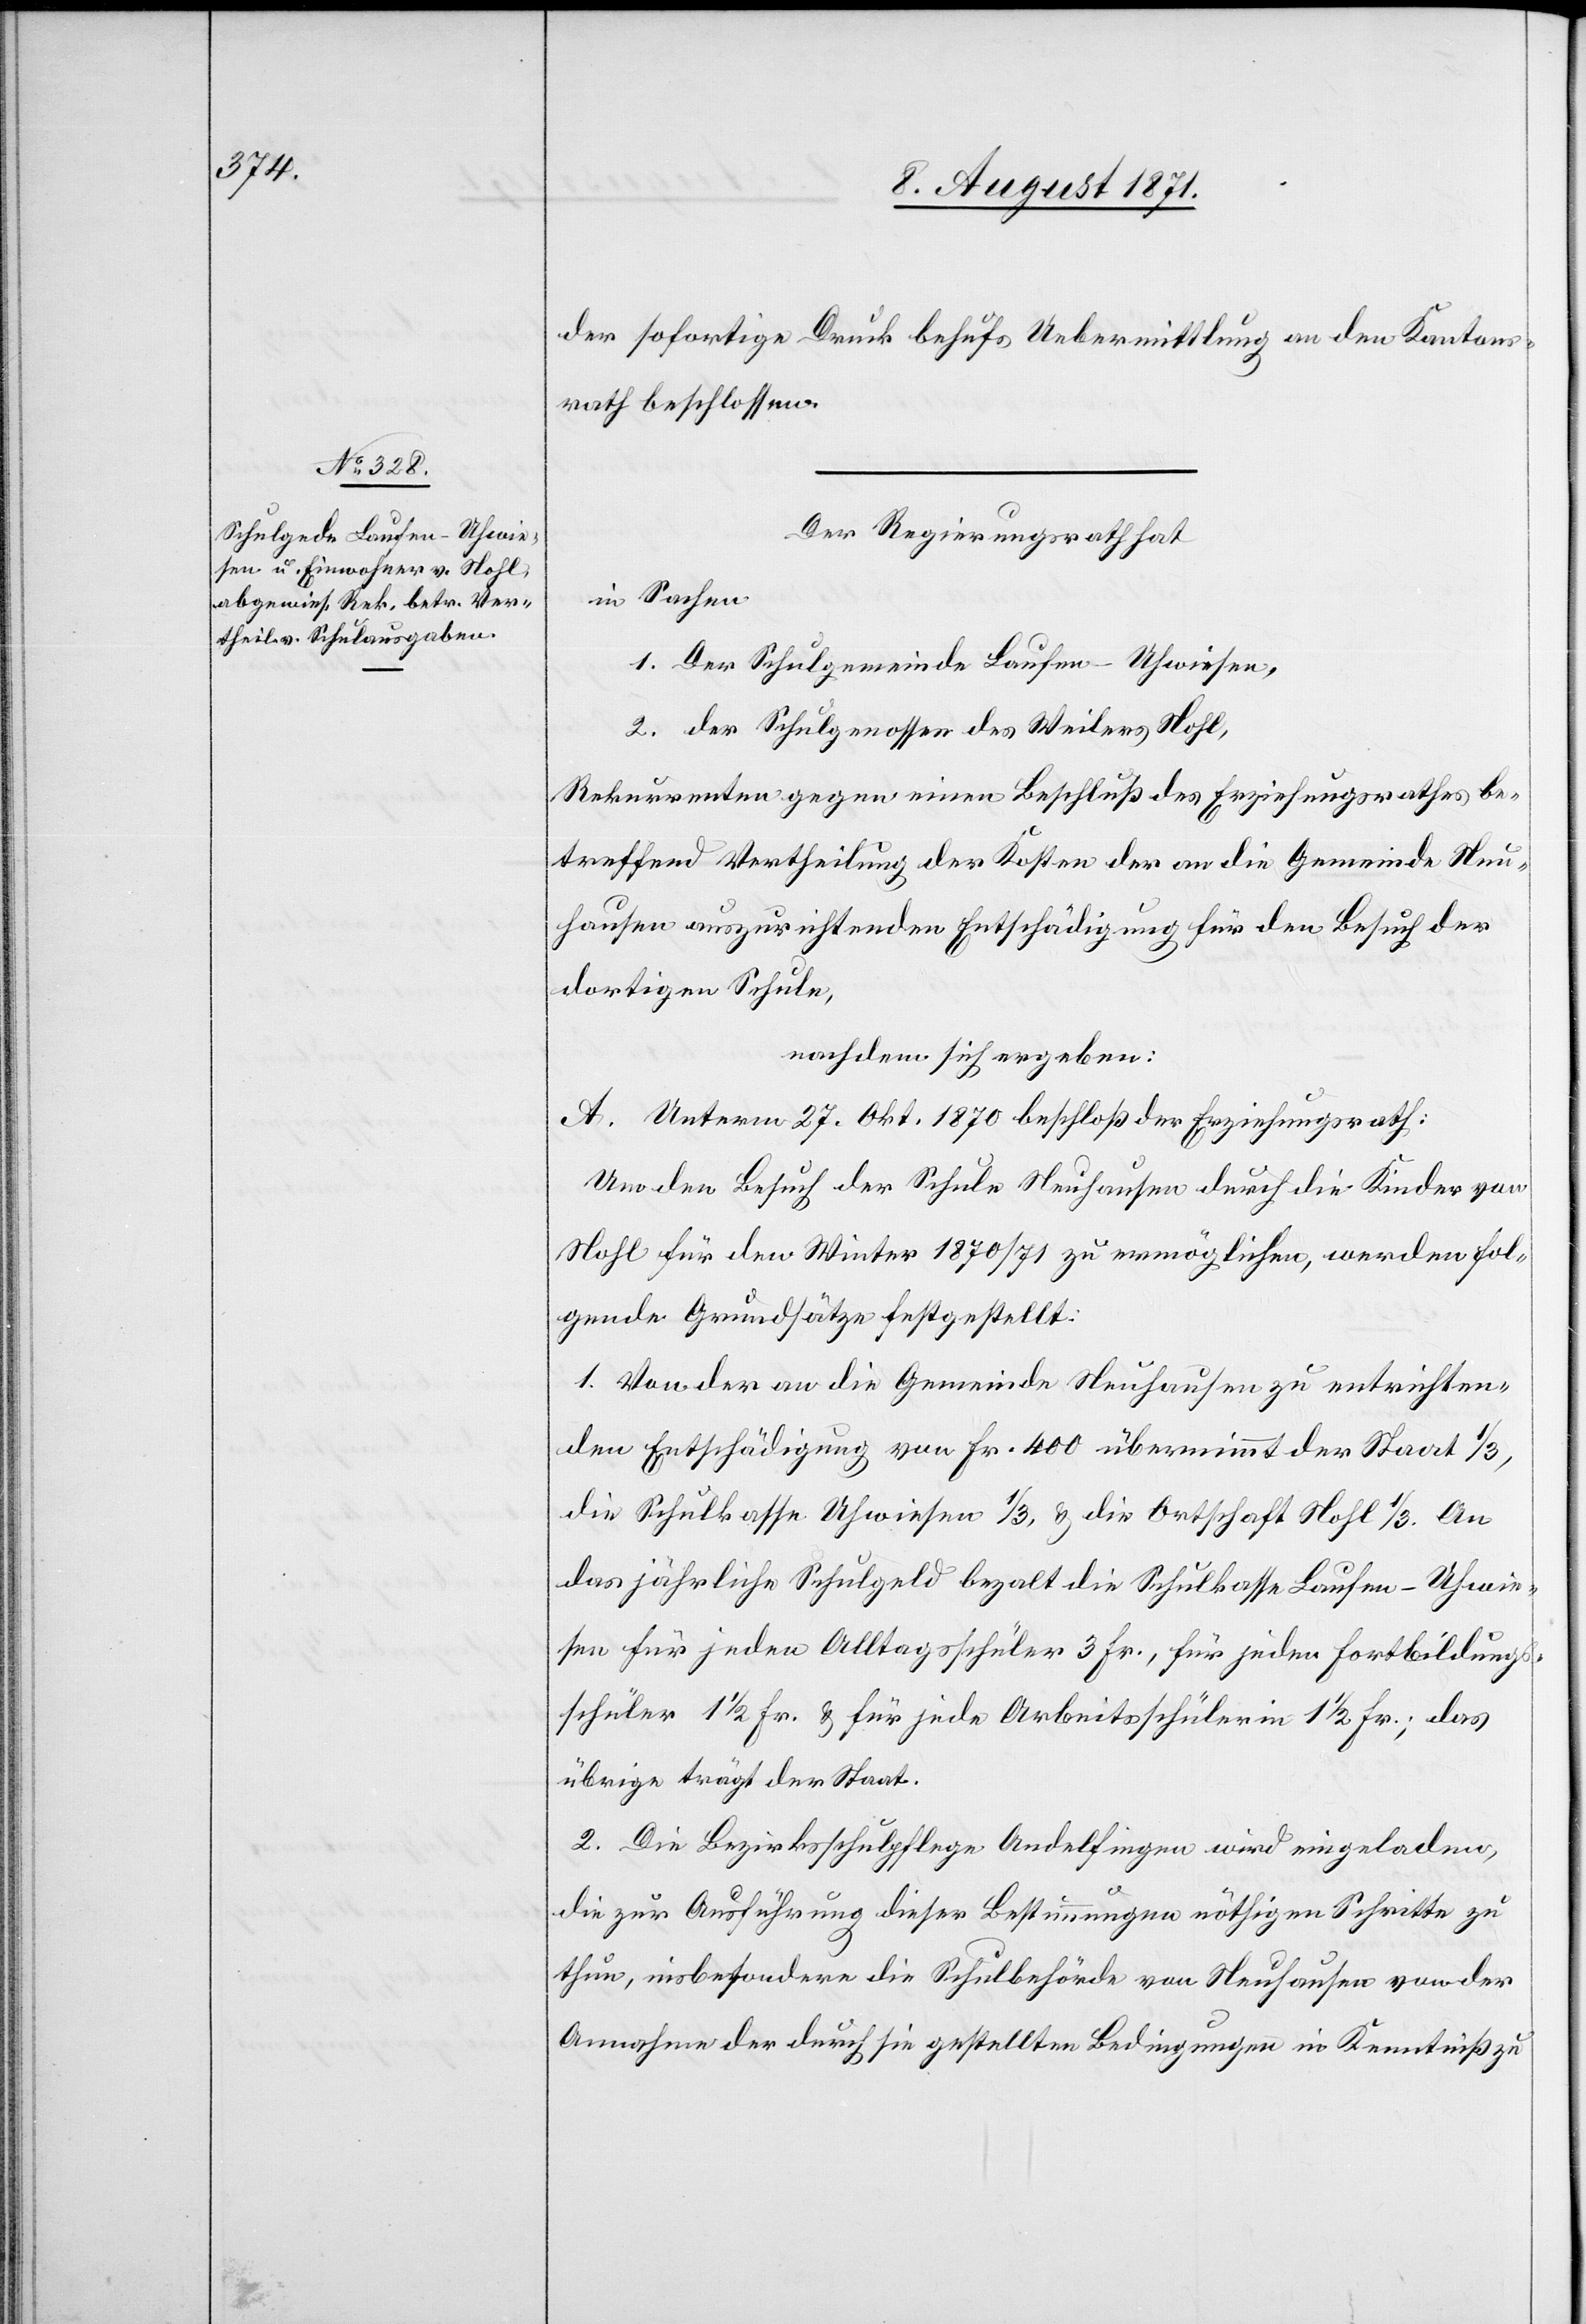
der sofortige Druck behufs Uebermittlung an den Kantons¬
rath beschlossen.
Der Regierungsrath hat
in Sachen
1. Der Schulgemeinde Laufen-Uhwiesen,
2. der Schulgenossen des Weilers Nohl,
Rekurrenten gegen einen Beschluß des Erziehungsrathes be¬
treffend Vertheilung der Kosten der an die Gemeinde Neu¬
hausen auszurichtenden Entschädigung für den Besuch der
dortigen Schule,
nachdem sich ergeben:
A. Unterm 27. Okt. 1870 beschloß der Erziehungsrath:
Um dem Besuch der Schule Neuhausen durch die Kinder von
Nohl für den Winter 1870/71 zu ermöglichen, werden fol¬
gende Grundsätze festgestellt:
1. Von der an die Gemeinde Neuhausen zu entrichten¬
den Entschädigung von Fr. 400 übernimmt der Staat 1/3
die Schulkasse Uhwiesen 1/3 , u. die Ortschaft Nohl 1/3. An
das jährliche Schulgeld bezalt die Schulkasse Laufen-Uhwie¬
sen für jeden Alltagsschüler 3 Fr., für jeden Fortbildungs¬
schüler 11/2 Fr. u. für jede Arbeitsschülerin 11/2 Fr.; das
übrige trägt der Staat.
2. Die Bezirksschulpflege Andelfingen wird eingeladen,
die zur Ausführung dieser Bestimmungen nöthigen Schritte zu
thun, insbesondere die Schulbehörde von Neuhausen von der
Annahme der durch sie gestellten Bedingungen in Kenntniß zu